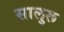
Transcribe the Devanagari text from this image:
सालुरू